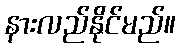
နားလည်နိုင်မည်။